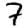
Digit: 7